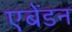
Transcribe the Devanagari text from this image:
एबेंडन